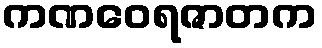
ကဏဝေရဇာတက